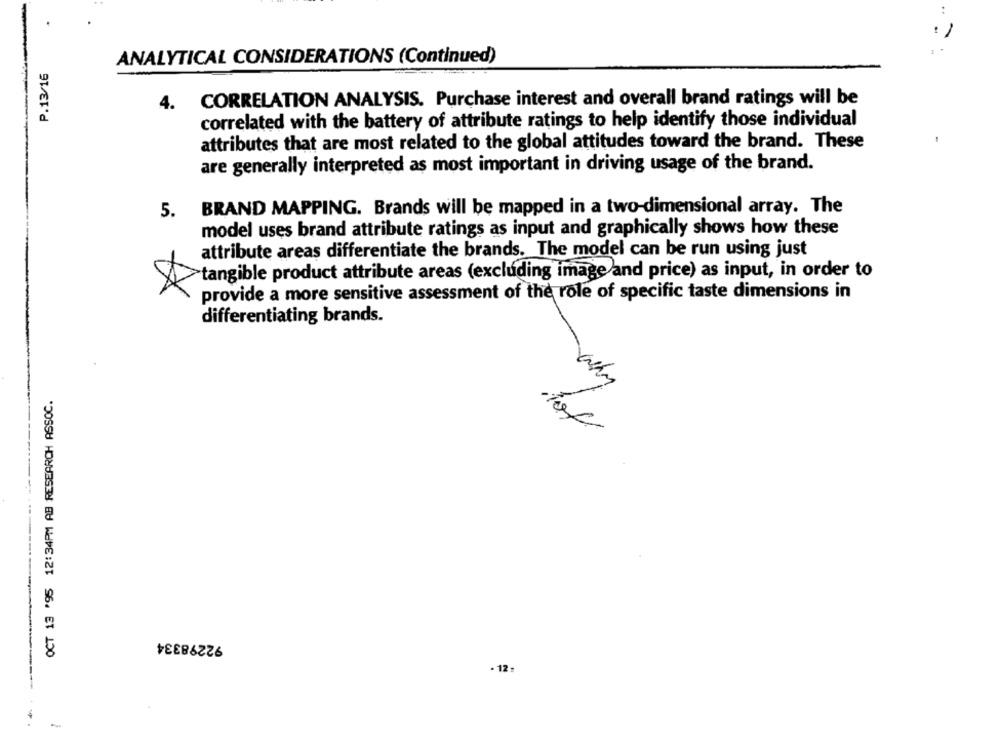
..
ANALYTICAL CONSIDERATIONS (Continued)
P.13/16
CORRELATION ANALYSIS. Purchase interest and overall brand ratings will be
4.
correlated with the battery of attribute ratings to help identify those individual
attributes that are most related to the global attitudes toward the brand. These
are generally interpreted as most important in driving usage of the brand.
5.
BRAND MAPPING. Brands will be mapped in a two-dimensional array. The
model uses brand attribute ratings as input and graphically shows how these
attribute areas differentiate the brands. The model can be run using just
tangible product attribute areas (excluding image and price) as input, in order to
provide a more sensitive assessment of the role of specific taste dimensions in
differentiating brands.
OCT 13 '95 12:34PM AB RESEARCH ASSOC.
-why
tot
92298334
- 12: